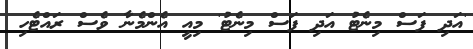
'އަދި ފަސް މިނެޓު އަދި ފަސް މިނެޓު' މިއީ އެންމެނާ ވެސް ރައްޓެހި